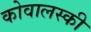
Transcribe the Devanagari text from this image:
कोवालस्की